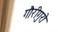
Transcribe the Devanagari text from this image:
गौरीगुरोः